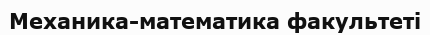
Механика-математика факультеті